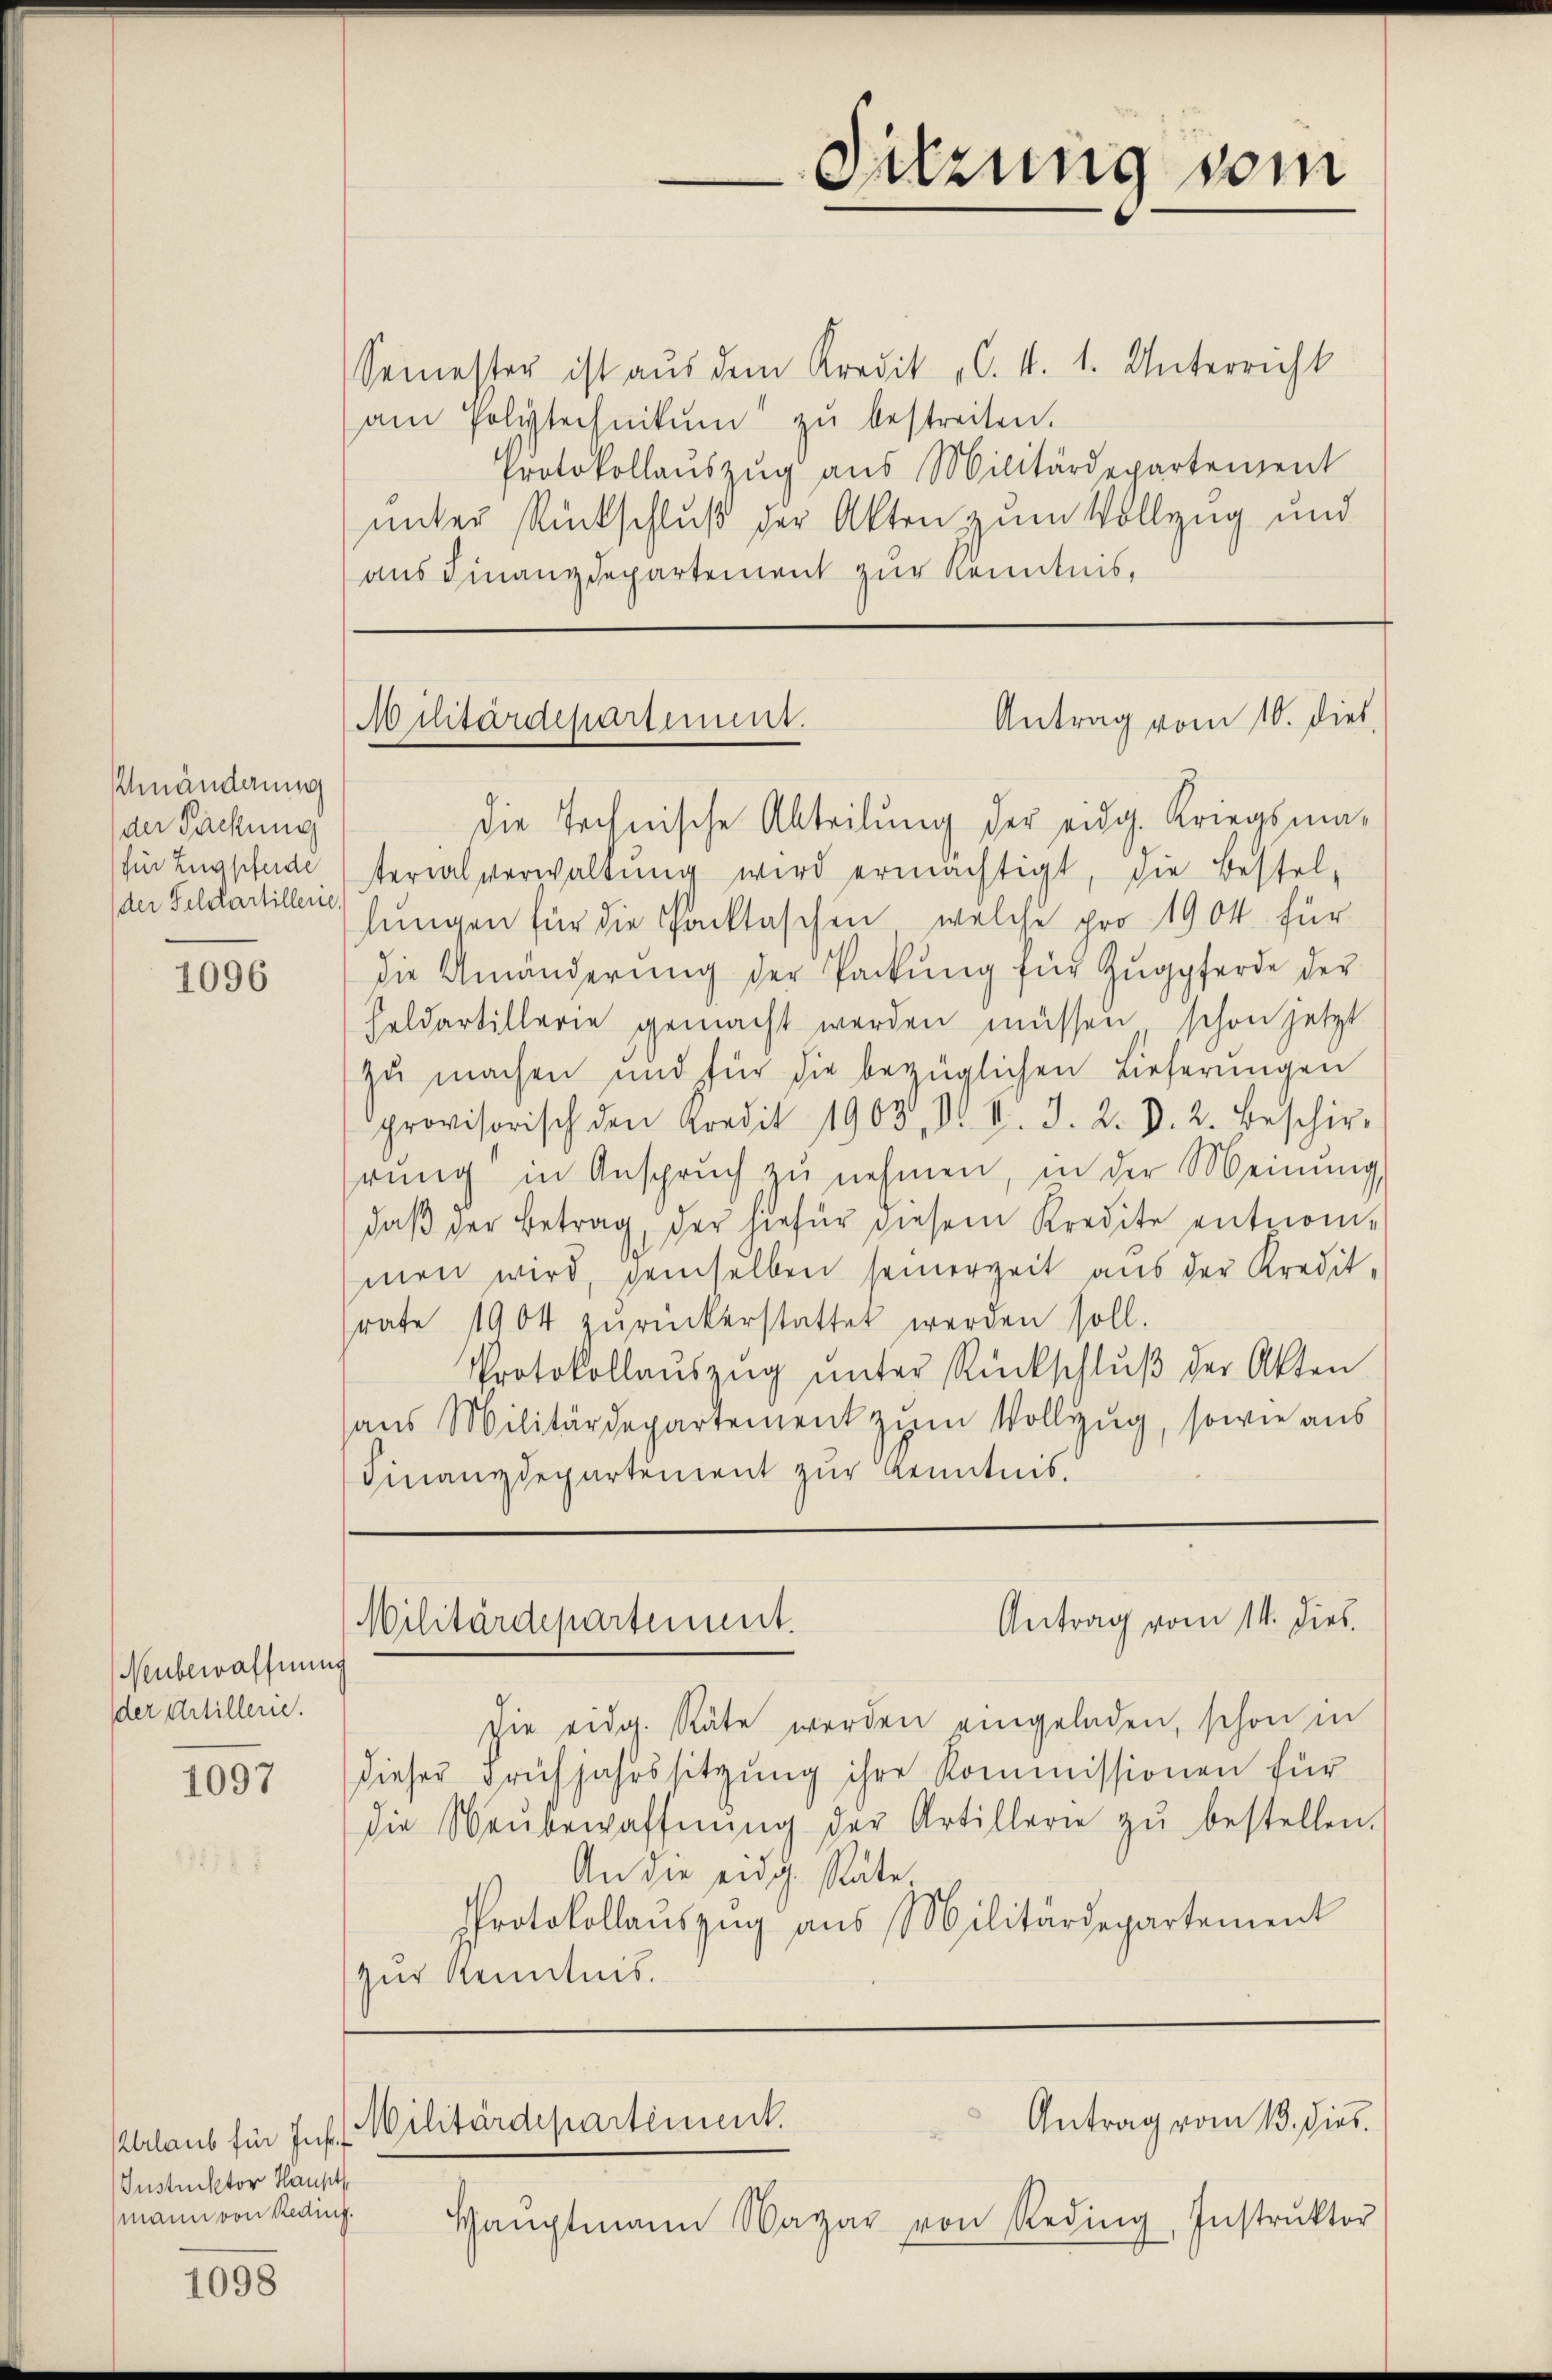
Shnänderung
der Sackung
für Zugsfelde
der Feldartillene,

1096

Neubewaffnung
der Artillen.

1097

rlaub für Inf.
Instruktor Haupt
mann von Reding.

1098

Semester ist aus dem Kredit C. v. 1. Unterricht
am polytechnikum zŭ bestreiten.
Protokollauszug aus Militärdepartement
unter Rückschluß der Akten zum Vollzug und
aus Finanzdepartement zur Kenntnis,

Sitzung vom

Antrag vom 10. Dieb
Militärdepartement.

die Technische Abteilung der eidg. Kriegsma-
terialverwaltung wird ermächtigt, die Bestel-
lungen für die Packtaschen, welche pro 1904 für
die Umänderŭng der Packŭng für Zŭgpferde der
Heldartillerie gemacht werden müssen, schon jetzt
zu machen und für die bezüglichen Lieferungen
provisorisch den Kredit 1903, d. d. J. 2. d. 2. Beschir-
rŭng in Ansprŭch zŭ nehmen, in der Meinŭng,
daβ der Betrag, der hiefür diesem Kredite entnommen wird, demselben seinerzeit aus der Kredit-
rate 1904 zŭrückerstattet werden soll.
Protokollaŭszŭg ŭnter Rückschlŭβ der Akten
aus Militärdepartement zum Vollzug, sowie aus
Finanzdepartement zur Kenntnis.

Antrag vom 14. Dies
Militärdepartement.

sie eidg. Räte werden eingeladen, schon in
dieser Frühjahrssitzung ihre Kommissionen für
die Neŭbewaffnŭng der Artillerie zŭ bestellen.
An die eidg. Räte.
Protokollauszug aus Militärdepartement
zur Kenntnis.

Antrag vom 13. dies.
Militärdepartement.
Haŭptmann Wagar von Reding, Instrŭktor